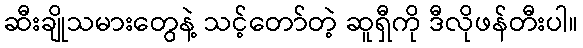
ဆီးချိုသမားတွေနဲ့ သင့်တော်တဲ့ ဆူရှီကို ဒီလိုဖန်တီးပါ။